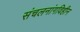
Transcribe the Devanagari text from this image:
संचलनांगविहीन